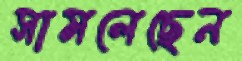
সামলেছেন